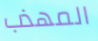
المهذب